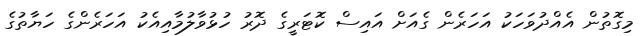
މިގޮތުން އެއްދުވަހަކު އަހަރެން ގެއަށް އައިސް ކޮޓަރީގެ ދޮރު ހުޅުވާލުމާއިއެކު އަހަރެންގެ ހަޔާތުގެ